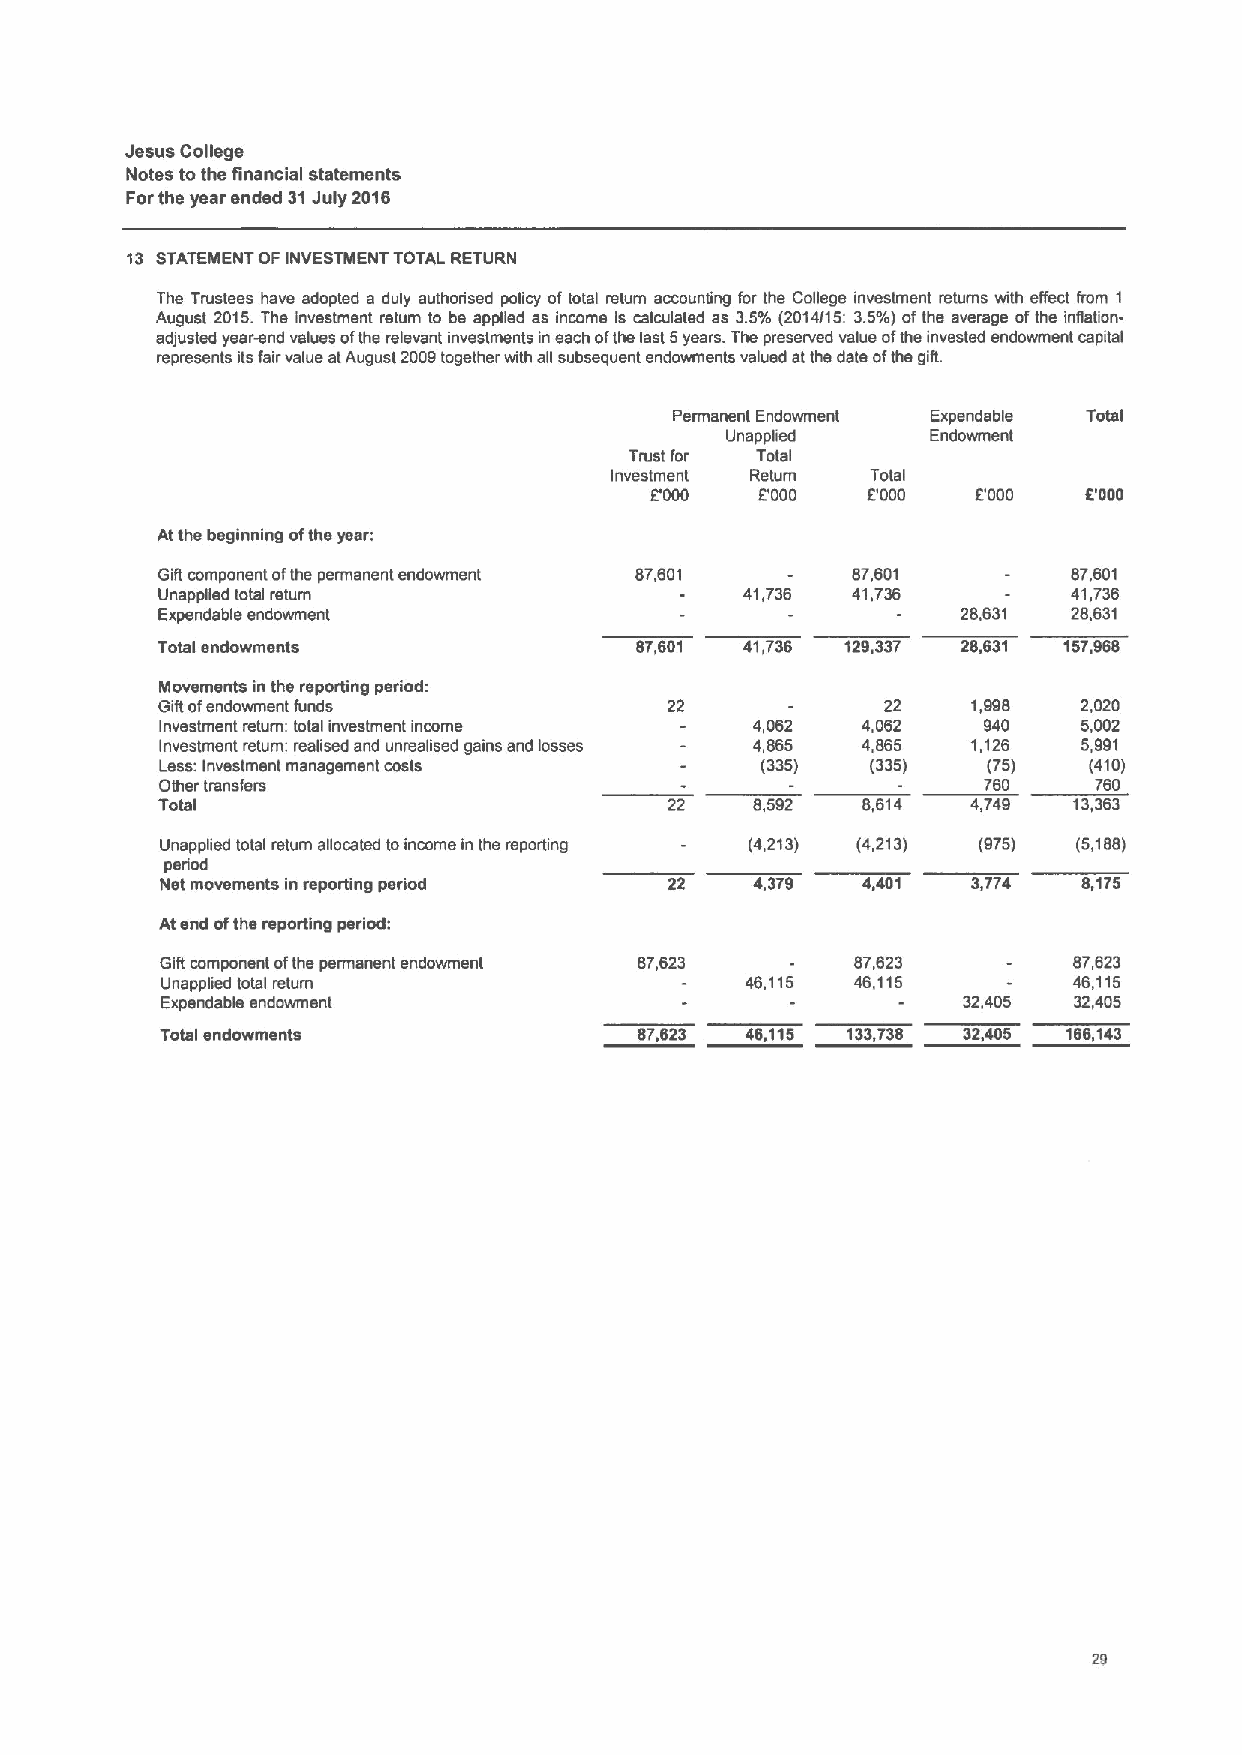
Jesus College
 Notes tothe financial statements
 Forthe year ended 31July 2016
 13 STATEMENT OF INVESTMENT TOTAL RETURN
 The Trustees have adopted a duly authorised policy of total return accounting for ths College investment returns with effect from 1
 August 2015.The investment return to be applied as income is calculated as 3.5'/v (2014/15: 3.5'/r) ofthe average ofthe inflation-
 adjustsd year-end values ofths relevant investments in each ofthe last 5years. The preserved value ofthe invested endowment capital
 represents itsfairvalue atAugust 2009together with ag subsequent endowments valued at ths date ofthe gifL
 Permanent Endowment Expendable Total
 Unapplied     Endowment
 Trust IOI' Total
 Investment ReWm   Total
 f000   f000   E'000   f000   E000
 Atthe beginning ofthe year:
 Gift component ofthe permanent endowment 87,601 87,601       87,601
 Unapplied total return                 41,736 41,736         41,736
 Expendable endowment                                  28,631 28,631
 Total endowments                87,601 41,736 129,337 28,631 157,968
 Movements in the reporting period:
 Giftofendowment funds             22             22   1,998   2,020
 Investment return: total investment income 4,062 4,062 940   5,002
 Investment return: realised and unrealised gains and losses 4,865 4,865 1,126 5,991
 Lesw Investment management costs       (335)   (335)  (75)   (410)
 Other transfers                                       760    760
 Total                             22    8,592  8,614  4,749  13,363
 Unapplied total return allocated toincome in the reporting (4,213) (4,213) (975) (5,188)
 pened
 Net movements in reporting period 22   4,379  4,401  3,774   8,175
 Atend ofthe reporting period:
 Gift component ofthe permanent endowment 87,623 87,623      87,623
 Unapplied total return                46,115  46,115        46,115
 Expendable endowment                                 32,405 32,405
 Total endowments               87,623 46,115 133,738 32,405 166,143
 29